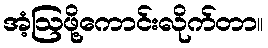
အံ့ဩဖို့ကောင်းလိုက်တာ။